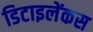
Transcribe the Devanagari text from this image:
डिटाइलेंकस